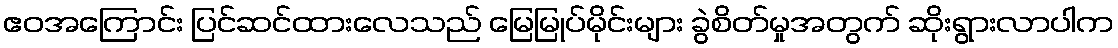
ဧဝအကြောင်း ပြင်ဆင်ထားလေသည် မြေမြုပ်မိုင်းများ ခွဲစိတ်မှုအတွက် ဆိုးရွားလာပါက